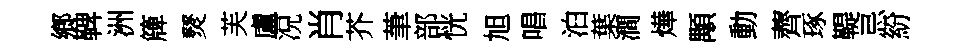
鄉鞞洲簰燹芙盧况肖芥茟部恍旭唱泊葉澗燁顒動薺琢鞮忌紛